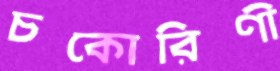
চকোরিণী